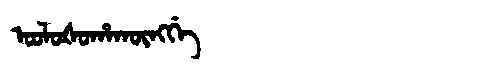
Manchu: ᠣᠣᠯᠣᡧᠣᡥᠠᡴᡡᠩᡤᡝ
Romanization: OOLOŠOHAKŪNGGE